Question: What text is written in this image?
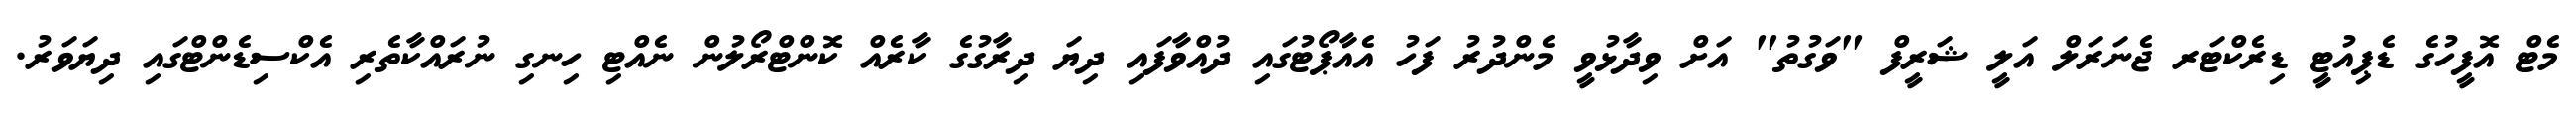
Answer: މެޓް އޮފީހުގެ ޑެޕިއުޓީ ޑިރެކްޓަރ ޖެނަރަލް އަލީ ޝަރީފް "ވަގުތު" އަށް ވިދާޅުވީ މެންދުރު ފަހު އެއާޕޯޓުގައި ދުއްވާފައި ދިޔަ ދިރާގުގެ ކާރެއް ކޮންޓްރޯލުން ނެއްޓި ހިނގި ނުރައްކާތެރި އެކްސިޑެންޓްގައި ދިޔަވަރު.